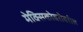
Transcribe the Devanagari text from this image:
मेक्सिकोबरोबरील